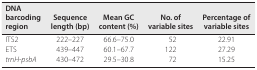
<table><thead><tr><td><b>DNA barcoding region</b></td><td><b>Sequence length (bp)</b></td><td><b>Mean GC content (%)</b></td><td><b>No. of variable sites</b></td><td><b>Percentage of variable sites</b></td></tr></thead><tbody><tr><td>ITS2</td><td>222–227</td><td>66.6–75.0</td><td>52</td><td>22.91</td></tr><tr><td>ETS</td><td>439–447</td><td>60.1–67.7</td><td>122</td><td>27.29</td></tr><tr><td><i>trnH‐psbA</i></td><td>430–472</td><td>29.5–30.8</td><td>72</td><td>15.25</td></tr></tbody></table>